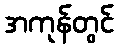
အကုန်တွင်